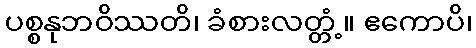
ပစ္စနုဘဝိဿတိ၊ ခံစားလတ္တံ့။ ဧကောပိ၊